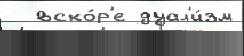
  вско́р'е дуал'и́зм